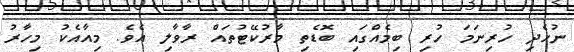
ނުހެދި ހުރިނަމަ ހުރި ބިމެއްގައި ބޮޑެތި މާރުކޭޓުތައް ރާވާލި އެވެ. މިއާއެކު މިހާރު